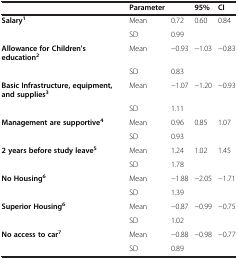
<table><thead><tr><td><b> </b></td><td><b>Parameter</b></td><td><b> </b></td><td><b>95%</b></td><td><b>CI</b></td></tr></thead><tbody><tr><td><b>Salary</b><sup><b>1</b></sup></td><td>Mean</td><td>0.72</td><td>0.60</td><td>0.84</td></tr><tr><td> </td><td>SD</td><td>0.99</td><td> </td><td> </td></tr><tr><td><b>Allowance for Children&#x27;s education</b><sup><b>2</b></sup></td><td>Mean</td><td>−0.93</td><td>−1.03</td><td>−0.83</td></tr><tr><td> </td><td>SD</td><td>0.83</td><td> </td><td> </td></tr><tr><td><b>Basic Infrastructure, equipment, and supplies</b><sup><b>3</b></sup></td><td>Mean</td><td>−1.07</td><td>−1.20</td><td>−0.93</td></tr><tr><td> </td><td>SD</td><td>1.11</td><td> </td><td> </td></tr><tr><td><b>Management are supportive</b><sup><b>4</b></sup></td><td>Mean</td><td>0.96</td><td>0.85</td><td>1.07</td></tr><tr><td> </td><td>SD</td><td>0.93</td><td> </td><td> </td></tr><tr><td><b>2 years before study leave</b><sup><b>5</b></sup></td><td>Mean</td><td>1.24</td><td>1.02</td><td>1.45</td></tr><tr><td> </td><td>SD</td><td>1.78</td><td> </td><td> </td></tr><tr><td><b>No Housing</b><sup><b>6</b></sup></td><td>Mean</td><td>−1.88</td><td>−2.05</td><td>−1.71</td></tr><tr><td> </td><td>SD</td><td>1.39</td><td> </td><td> </td></tr><tr><td><b>Superior Housing</b><sup><b>6</b></sup></td><td>Mean</td><td>−0.87</td><td>−0.99</td><td>−0.75</td></tr><tr><td> </td><td>SD</td><td>1.02</td><td> </td><td> </td></tr><tr><td><b>No access to car</b><sup><b>7</b></sup></td><td>Mean</td><td>−0.88</td><td>−0.98</td><td>−0.77</td></tr><tr><td> </td><td>SD</td><td>0.89</td><td> </td><td> </td></tr></tbody></table>